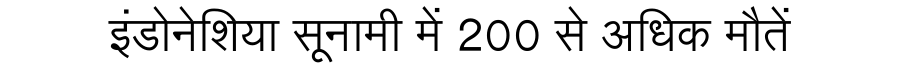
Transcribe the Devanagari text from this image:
इंडोनेशिया सूनामी में 200 से अधिक मौतें